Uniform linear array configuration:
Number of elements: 48
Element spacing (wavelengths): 0.25
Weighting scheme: uniform
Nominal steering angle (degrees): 60
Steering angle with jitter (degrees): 59.007
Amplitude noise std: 0.05
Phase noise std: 0.05

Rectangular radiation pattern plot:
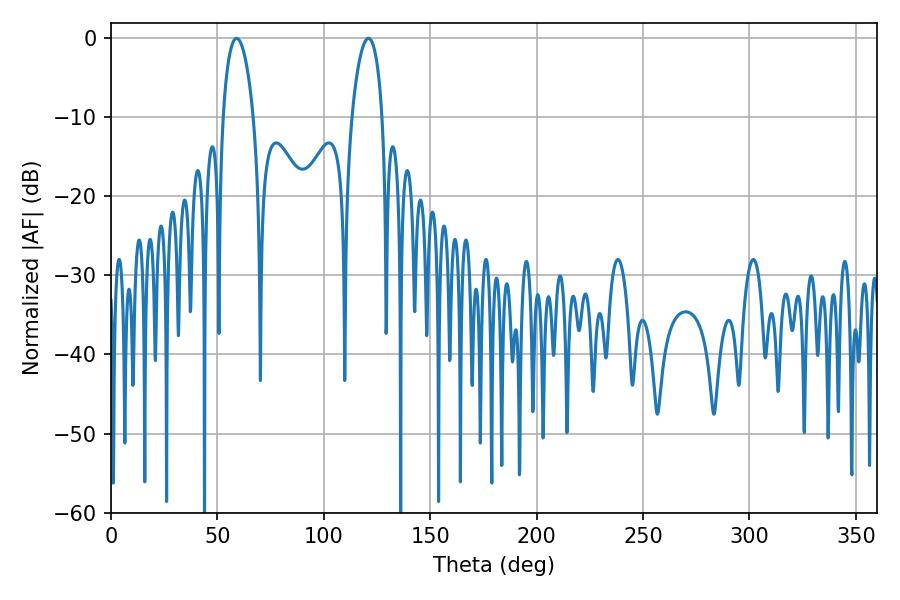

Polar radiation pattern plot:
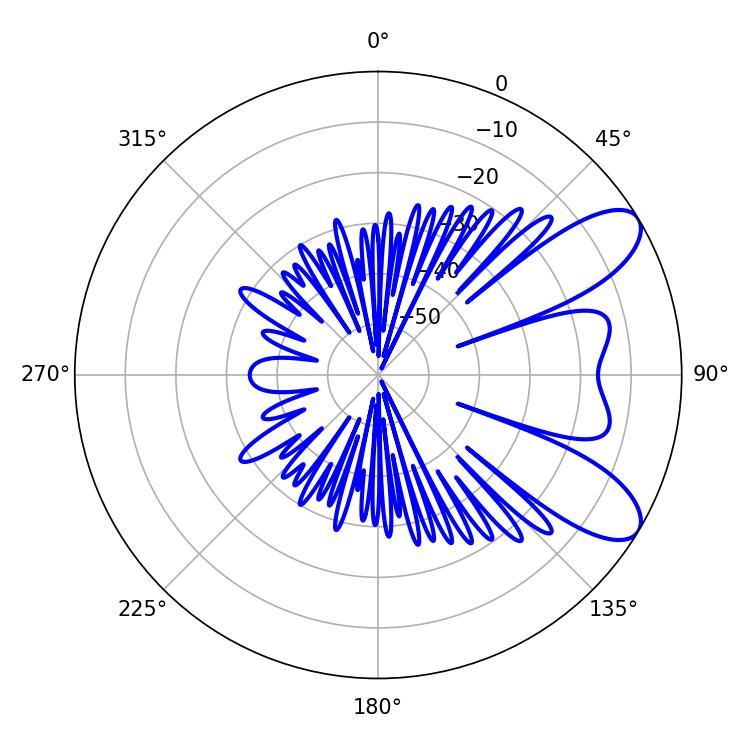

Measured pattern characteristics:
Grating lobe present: FALSE
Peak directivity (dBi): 8.505
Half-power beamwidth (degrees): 8.1
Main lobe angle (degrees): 59.04